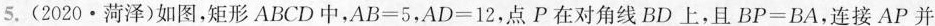
5.(2020·菏泽)如图，矩形ABCD中，$$A B = 5$$，$$A D = 1 2$$，点P在对角线BD上，且$$B P = B A$$，连接AP并